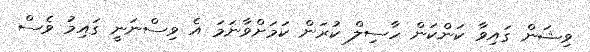
ވިޝަން ގައިވާ ކަންކަން ހާސިލް ކުރަން ކަމަށްވާނަމަ އެ ވިސްނަނީ ގައިމު ވެސް